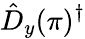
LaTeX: \hat{D}_{y}(\pi)^{\dagger}